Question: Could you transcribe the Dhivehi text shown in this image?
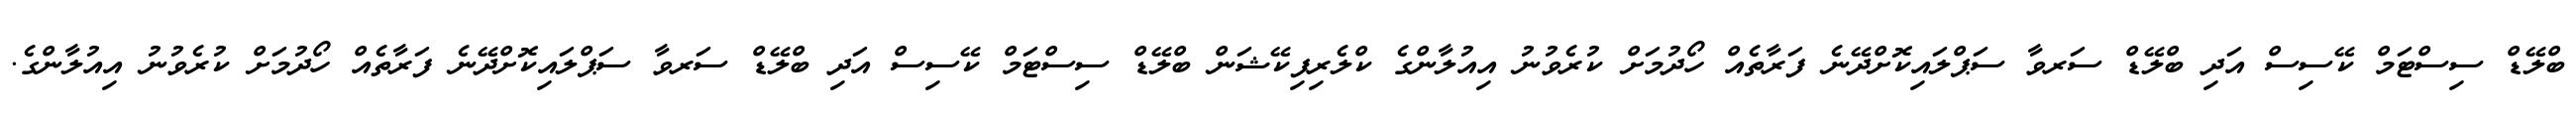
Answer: ބްލޭޑް ސިސްޓަމް ކޭސިސް އަދި ބްލޭޑް ސަރވާ ސަޕްލައިކޮށްދޭނެ ފަރާތެއް ހޯދުމަށް ކުރެވުނު އިއުލާންގެ ކްލެރިފިކޭޝަން ބްލޭޑް ސިސްޓަމް ކޭސިސް އަދި ބްލޭޑް ސަރވާ ސަޕްލައިކޮށްދޭނެ ފަރާތެއް ހޯދުމަށް ކުރެވުނު އިއުލާންގެ.